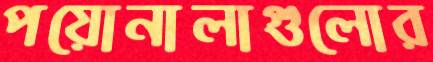
পয়োনালাগুলোর